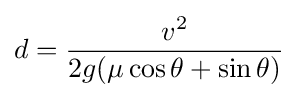
d={\frac {v^{2}}{2g(\mu \cos \theta +\sin \theta )}}